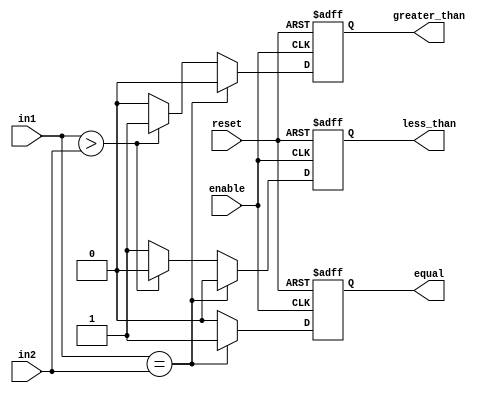
module eight_bit_comparator (
    input [7:0] in1,
    input [7:0] in2,
    input enable,
    input reset,
    output equal,
    output greater_than,
    output less_than
);

reg equal, greater_than, less_than;

always @ (posedge enable or posedge reset) begin
    if (reset) begin
        equal <= 1'b0;
        greater_than <= 1'b0;
        less_than <= 1'b0;
    end else begin
        if (in1 == in2) begin
            equal <= 1'b1;
            greater_than <= 1'b0;
            less_than <= 1'b0;
        end else if (in1 > in2) begin
            equal <= 1'b0;
            greater_than <= 1'b1;
            less_than <= 1'b0;
        end else begin
            equal <= 1'b0;
            greater_than <= 1'b0;
            less_than <= 1'b1;
        end
    end
end

endmodule